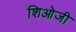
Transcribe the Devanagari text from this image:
शिओजी